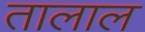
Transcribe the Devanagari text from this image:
तालाल